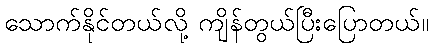
သောက်နိုင်တယ်လို့ ကျိန်တွယ်ပြီးပြောတယ်။